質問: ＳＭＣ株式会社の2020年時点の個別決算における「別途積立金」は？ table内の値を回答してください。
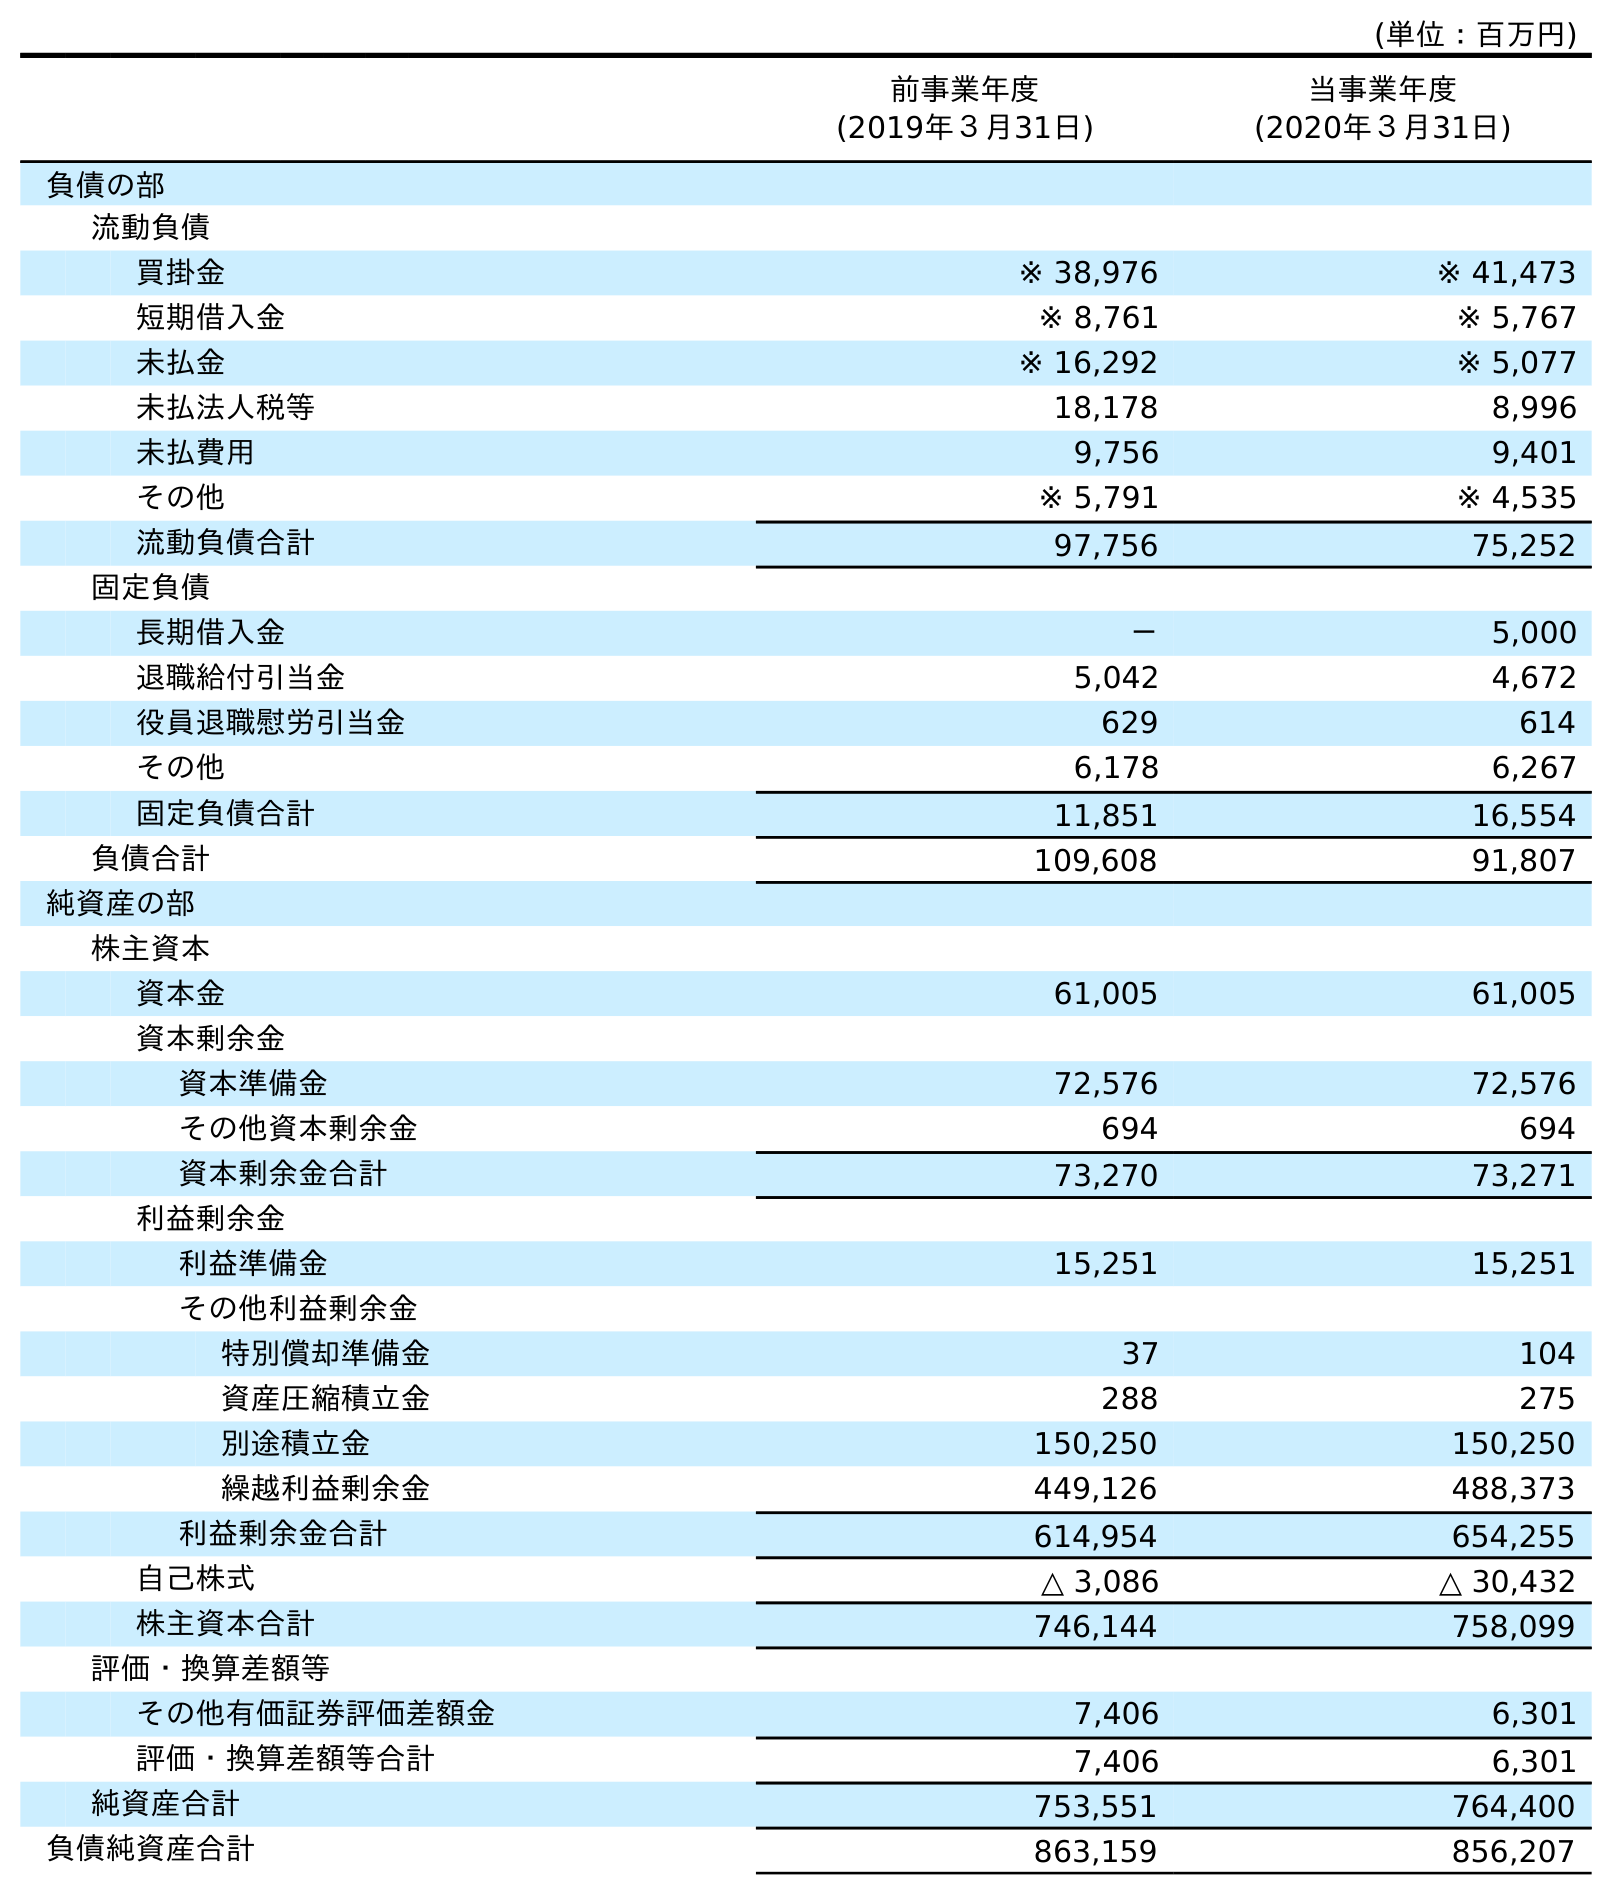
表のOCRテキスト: (単位：百万円) 前事業年度 (2019年３月31日) 当事業年度 (2020年３月31日) 負債の部 流動負債 買掛金 ※ 38,976 ※ 41,473 短期借入金 ※ 8,761 ※ 5,767 未払金 ※ 16,292 ※ 5,077 未払法人税等 18,178 8,996 未払費用 9,756 9,401 その他 ※ 5,791 ※ 4,535 流動負債合計 97,756 75,252 固定負債 長期借入金 － 5,000 退職給付引当金 5,042 4,672 役員退職慰労引当金 629 614 その他 6,178 6,267 固定負債合計 11,851 16,554 負債合計 109,608 91,807 純資産の部 株主資本 資本金 61,005 61,005 資本剰余金 資本準備金 72,576 72,576 その他資本剰余金 694 694 資本剰余金合計 73,270 73,271 利益剰余金 利益準備金 15,251 15,251 その他利益剰余金 特別償却準備金 37 104 資産圧縮積立金 288 275 別途積立金 150,250 150,250 繰越利益剰余金 449,126 488,373 利益剰余金合計 614,954 654,255 自己株式 △ 3,086 △ 30,432 株主資本合計 746,144 758,099 評価・換算差額等 その他有価証券評価差額金 7,406 6,301 評価・換算差額等合計 7,406 6,301 純資産合計 753,551 764,400 負債純資産合計 863,159 856,207
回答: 150,250